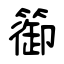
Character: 篽